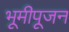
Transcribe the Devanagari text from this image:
भूमीपूजन